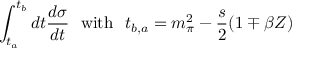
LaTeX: \int _ { t _ { a } } ^ { t _ { b } } d t \frac { d \sigma } { d t } \ \ \mathrm { w i t h } \ \ t _ { b , a } = m _ { \pi } ^ { 2 } - \frac { s } { 2 } ( 1 \mp \beta Z )